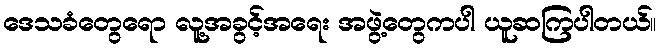
ဒေသခံတွေရော လူ့အခွင့်အရေး အဖွဲ့တွေကပါ ယူဆကြပါတယ်။